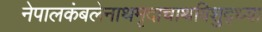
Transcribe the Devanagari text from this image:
नेपालकंबलेनाथमृदाचाथविशुद्ध्या